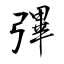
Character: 彃